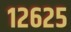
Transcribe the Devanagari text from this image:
१२६२५